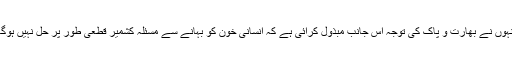
انہوں نے بھارت و پاک کی توجہ اس جانب مبذول کرائی ہے کہ انسانی خون کو بہانے سے مسئلہ کشمیر قطعی طور پر حل نہیں ہوگا۔